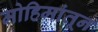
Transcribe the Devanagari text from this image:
मोहिमांतून